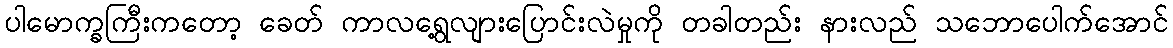
ပါမောက္ခကြီးကတော့ ခေတ် ကာလရွေ့လျားပြောင်းလဲမှုကို တခါတည်း နားလည် သဘောပေါက်အောင်